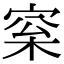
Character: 梥